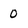
Character: 0